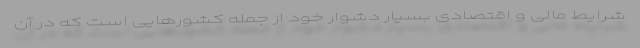
شرایط مالی و اقتصادی بسیار دشوار خود از جمله کشورهایی است که در آن